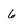
Character: 6